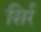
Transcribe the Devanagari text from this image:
सिर्र